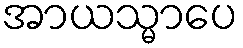
အာယသ္မာပေ